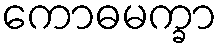
ကောဓမက္ခာ